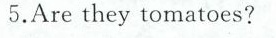
5.Are they tomatoes?